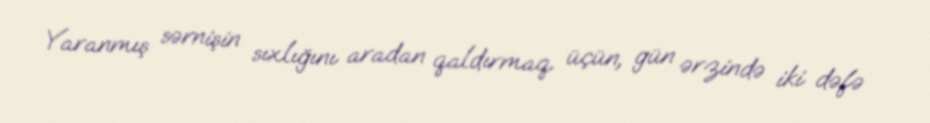
Yaranmış sərnişin sıxlığını aradan qaldırmaq üçün, gün ərzində iki dəfə